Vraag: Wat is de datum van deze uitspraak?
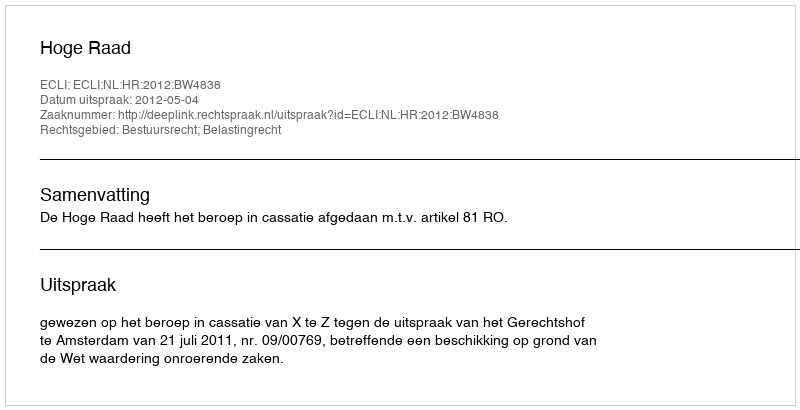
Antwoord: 2012-05-04